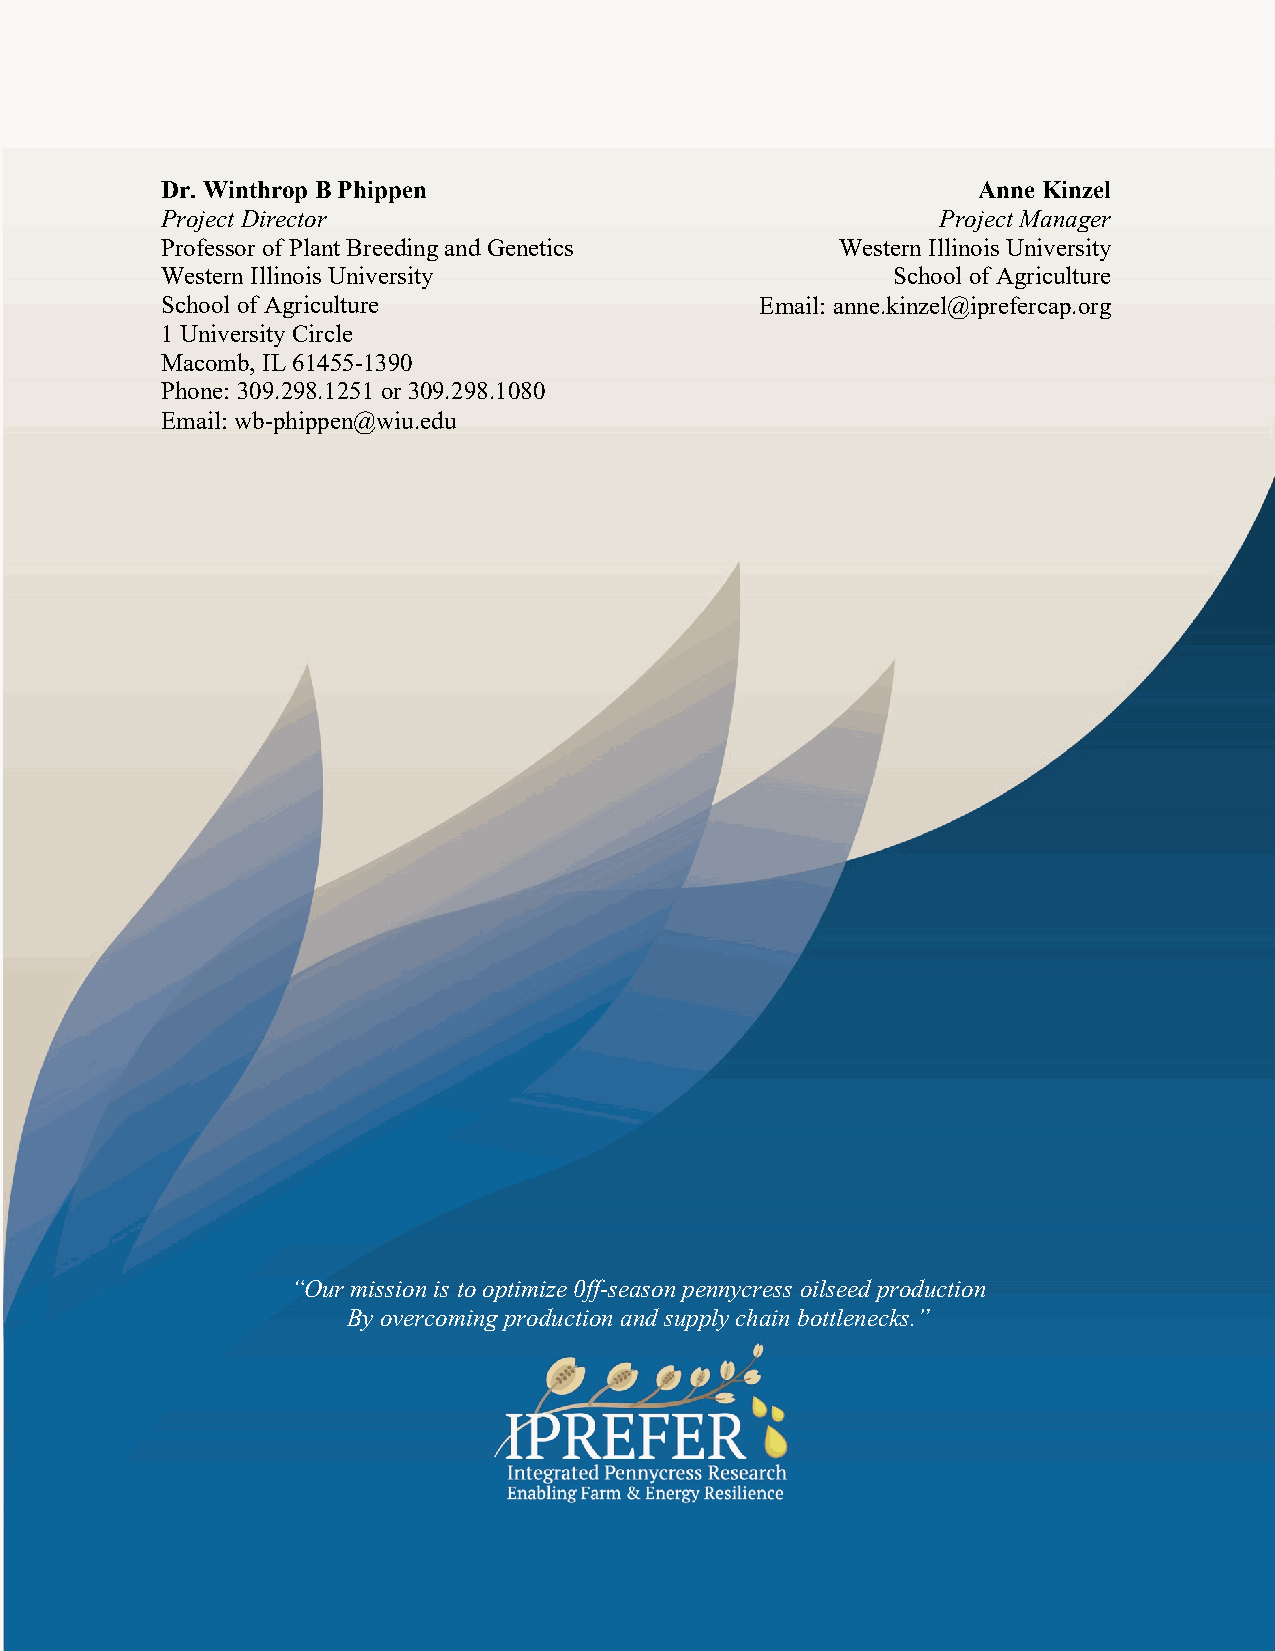
Dr. Winthrop B Phippen                                Anne Kinzel
 Project Director                                   Project Manager
 Professor of Plant Breeding and Genetics     Western Illinois University
 Western Illinois University                     School of Agriculture
 School of Agriculture                  Email: anne.kinzel@iprefercap.org
 1 University Circle
 Macomb, IL 61455-1390
 Phone: 309.298.1251 or 309.298.1080
 Email: wb-phippen@wiu.edu
 “Our mission is to optimize 0ff-season pennycress oilseed production
 By overcoming production and supply chain bottlenecks.”